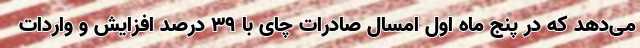
می‌دهد که در پنج ماه اول امسال صادرات چای با ۳۹ درصد افزایش و واردات